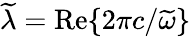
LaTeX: \widetilde{\lambda}=\mathrm{Re}\{ 2\pi c/\widetilde{\omega}\}